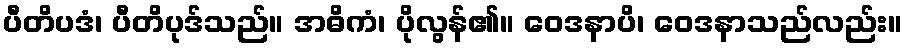
ပီတိပဒံ၊ ပီတိပုဒ်သည်။ အဓိကံ၊ ပိုလွန်၏။ ဝေဒနာပိ၊ ဝေဒနာသည်လည်း။